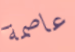
عاصمة